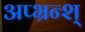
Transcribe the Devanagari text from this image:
अप्भ्रन्श्